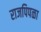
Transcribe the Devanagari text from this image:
राजपिपळा